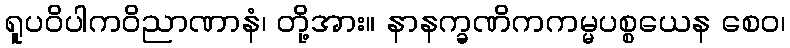
ရူပဝိပါကဝိညာဏာနံ၊ တို့အား။ နာနက္ခဏိကကမ္မပစ္စယေန စေဝ၊